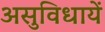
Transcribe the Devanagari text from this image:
असुविधायें